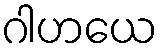
ဂါဟယေ